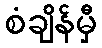
စံချိန်မှီ